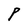
Character: P